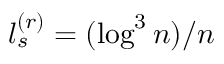
l _ { s } ^ { ( r ) } = ( \log ^ { 3 } n ) / n